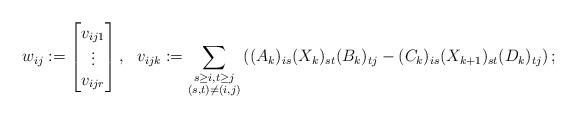
LaTeX: \begin{align*} w_{ij} := \begin{bmatrix}v_{ij1} \\\vdots \\v_{ijr} \\ \end{bmatrix}, \ \ v_{ijk} := \sum_{\substack{s\ge i, t\ge j \\ (s,t)\neq(i,j)}} \left(( A_k )_{is} ( X_k )_{st} ( B_k )_{tj} - ( C_k )_{is} ( X_{k+1} )_{st} ( D_k )_{tj}\right);\end{align*}